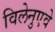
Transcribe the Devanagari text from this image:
विलेनुएवे